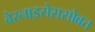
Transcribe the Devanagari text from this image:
बेरनाइसेससोबत